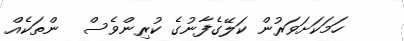
ހަމަކަށަވަރުން ކަލޭގެފާނުގެ ކުރިންވެސް  ންތަކެއް